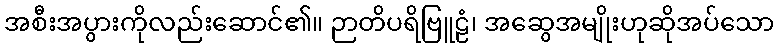
အစီးအပွားကိုလည်းဆောင်၏။ ဉာတိပရိဗြူဠံ၊ အဆွေအမျိုးဟုဆိုအပ်သော